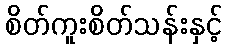
စိတ်ကူးစိတ်သန်းနှင့်